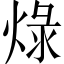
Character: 𤊒